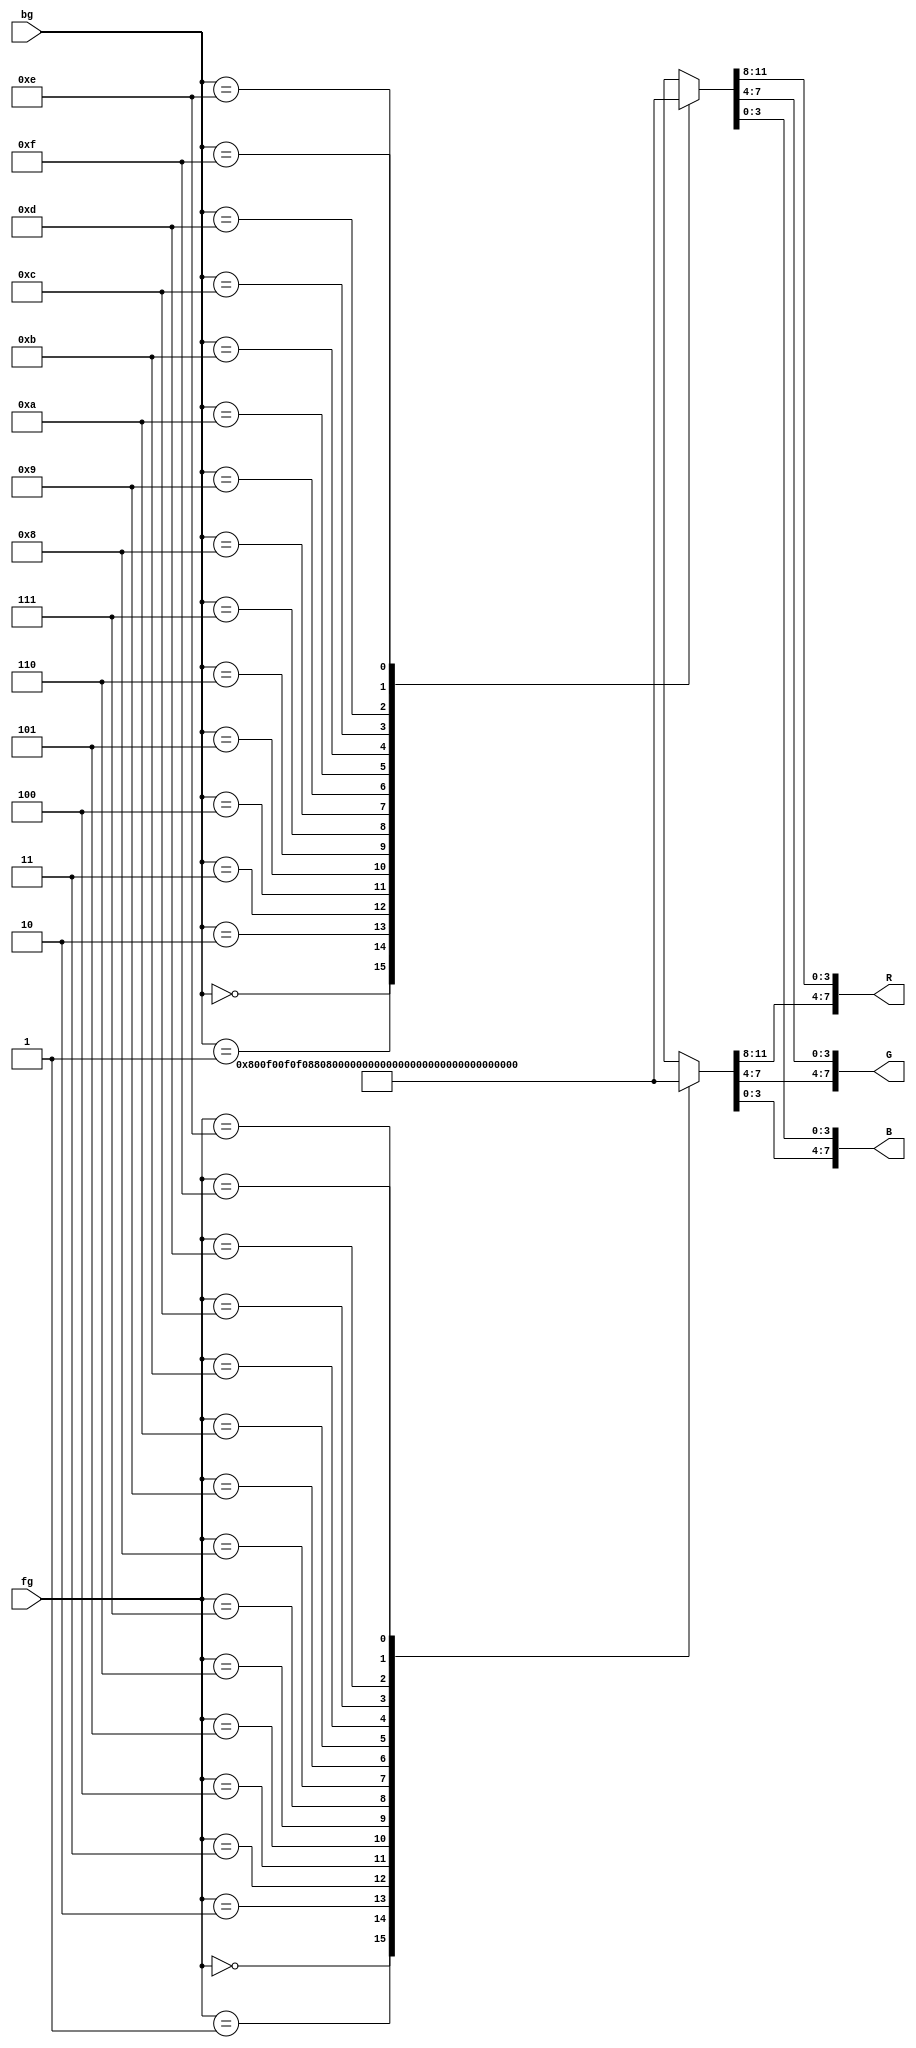
//Store the colors for color pallete 4 and output the correct RGB value based on fg and bg value
module color_pallette4(output [7:0] R, output [7:0] G, output [7:0] B, input [3:0] fg, input [3:0] bg);

//Different Color Palettes
//https://www.fountainware.com/EXPL/vga_color_palettes.htm

//Standard pallette:
wire [11:0] pallette [15:0]; //Array of RGB values so we can do multiplexing
//                     RGB
assign pallette[0] = 12'h000;
assign pallette[1] = 12'h800;
assign pallette[2] = 12'hF00;
assign pallette[3] = 12'hF0F;
assign pallette[4] = 12'h088;
assign pallette[5] = 12'h080;
assign pallette[6] = 12'h0F0;
assign pallette[7] = 12'h0FF;
assign pallette[8] = 12'h008;
assign pallette[9] = 12'h808;
assign pallette[10] = 12'h00F;
assign pallette[11] = 12'hCCC;
assign pallette[12] = 12'h888;
assign pallette[13] = 12'h880;
assign pallette[14] = 12'hFF0;
assign pallette[15] = 12'hFFF;

wire [11:0] pallette_fg, pallette_bg;
//Index into the array to make a multiplexer
assign pallette_fg = pallette[fg];
assign pallette_bg = pallette[bg];

assign R = {pallette_fg[11:8], pallette_bg[11:8]};
assign G = {pallette_fg[7:4], pallette_bg[7:4]};
assign B = {pallette_fg[3:0], pallette_bg[3:0]};

endmodule